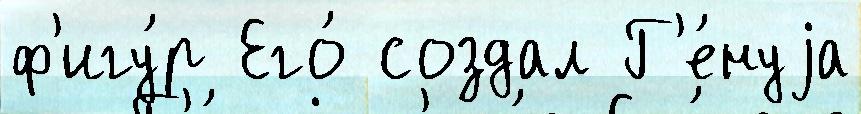
ф'игу́р Его́ создал Г'е́нуjа